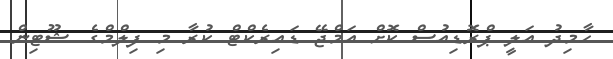
ހާމިދު އަލީ ޕްރޮޑިއުސް ކޮށް އަމްޖޭ ޑައިރެކްޓް ކުރާ މި ފިލްމްގެ ޝޫޓިން